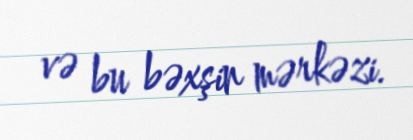
və bu bəxşin mərkəzi.